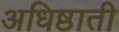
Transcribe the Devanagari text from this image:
अधिष्ठाती